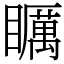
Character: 矋